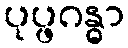
ပုပ္ဖဂန္ဓာ